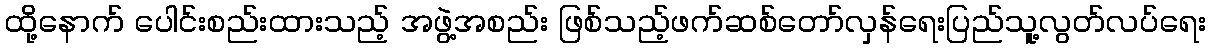
ထို့နောက် ပေါင်းစည်းထားသည့် အဖွဲ့အစည်း ဖြစ်သည့်ဖက်ဆစ်တော်လှန်ရေးပြည်သူ့လွတ်လပ်ရေး